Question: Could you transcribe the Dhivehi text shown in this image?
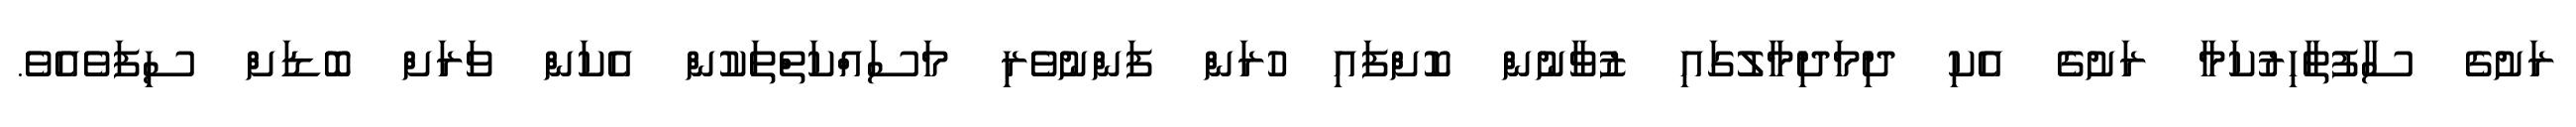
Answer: ރަށުގެ ސާފުތާހިރުކަމާ ރަށުގެ އެކި ދިމަދިމާލުގައި ޒުވާނުން ކޮށްފައި ހުރަން ފަންނުވެރި މަސައްކަތްތަކުން އެކަން ވަރަށް ބޮޑަށް ސިފަވެއެވެ.